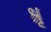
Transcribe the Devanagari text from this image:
श्रृ